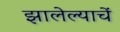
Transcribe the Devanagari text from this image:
झालेल्याचें